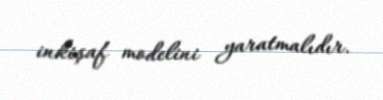
inkişaf modelini yaratmalıdır.